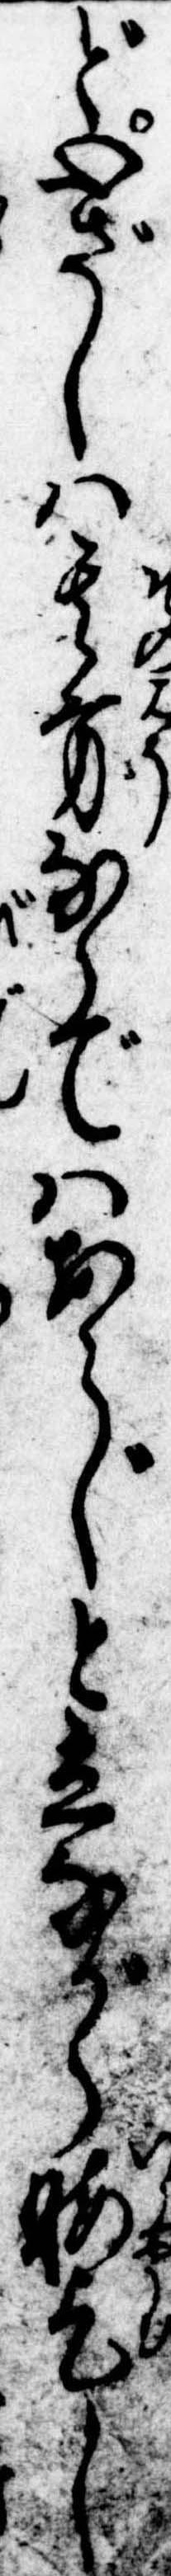
ど心ざしは其方ならではあらじと立ながら暇乞し